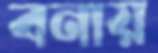
বনায়